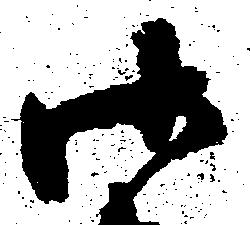
御